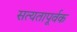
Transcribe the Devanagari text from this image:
सत्यतापूर्वक